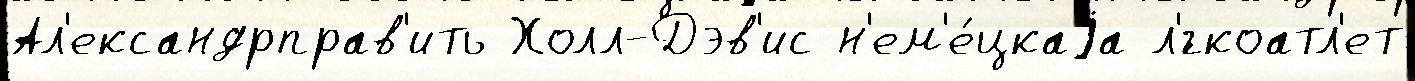
Ал'ександрправ'ить Холл-Дэв'ис н'ем'е́цкаjа л'́гкоатл'ет